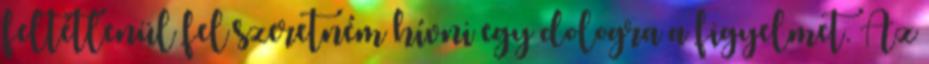
feltétlenül fel szeretném hívni egy dologra a figyelmet. Az